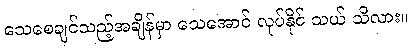
သေစေချင်သည့်အချိန်မှာ သေအောင် လုပ်နိုင် သယ် သိလား။